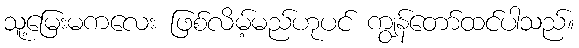
သူ့မြေးမကလေး ဖြစ်လိမ့်မည်ဟုပင် ကျွန်တော်ထင်ပါသည်။